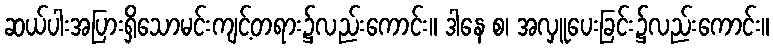
ဆယ်ပါးအပြားရှိသောမင်းကျင့်တရား၌လည်းကောင်း။ ဒါနေ စ၊ အလှူပေးခြင်း၌လည်းကောင်း။